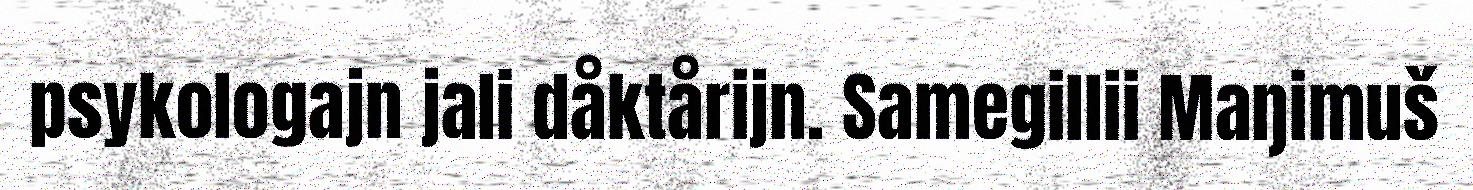
psykologajn jali dåktårijn. Samegillii Maŋimuš